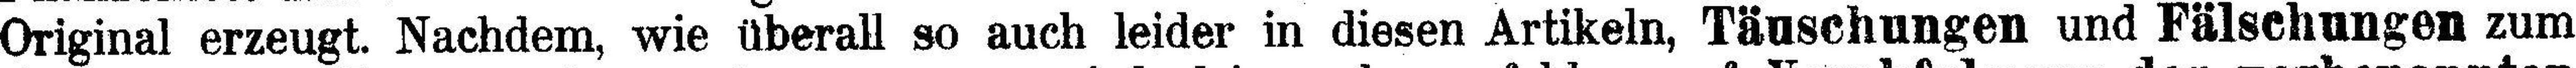
Original erzeugt. Nachdem, wie überall so auch leider in diesen Artikeln, Täuschungen und Fälschungen zum